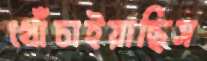
খোঁচাইয়াছিস